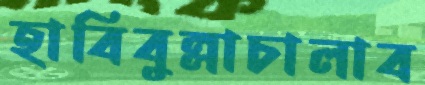
হাবিবুল্লাচালাব